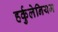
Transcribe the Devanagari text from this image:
हर्कुलेनियम